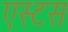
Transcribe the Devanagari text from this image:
एस्टस